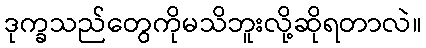
ဒုက္ခသည်တွေကိုမသိဘူးလို့ဆိုရတာလဲ။